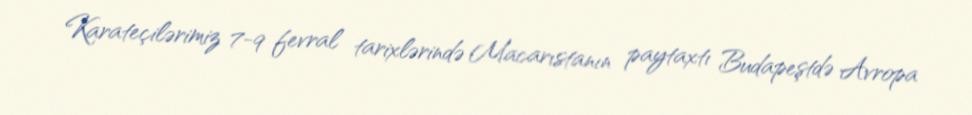
Karateçilərimiz 7-9 fevral tarixlərində Macarıstanın paytaxtı Budapeştdə Avropa